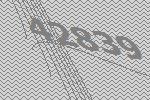
42839